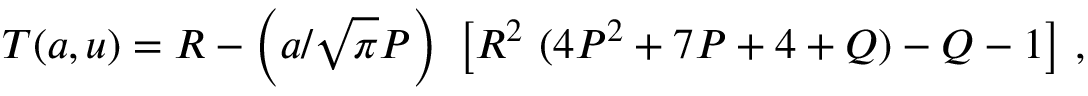
T ( a , u ) = R - \left( a / { \sqrt { \pi } } P \right) ~ \left[ R ^ { 2 } ~ ( 4 P ^ { 2 } + 7 P + 4 + Q ) - Q - 1 \right] \, ,